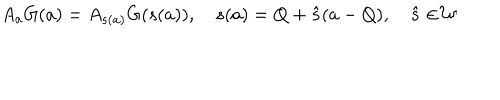
A _ { a } G ( a ) = A _ { s ( a ) } G ( s ( a ) ) , \quad s ( a ) = Q + { \bf \hat { s } } ( a - Q ) , \quad { \bf \hat { s } \in } { \cal W }